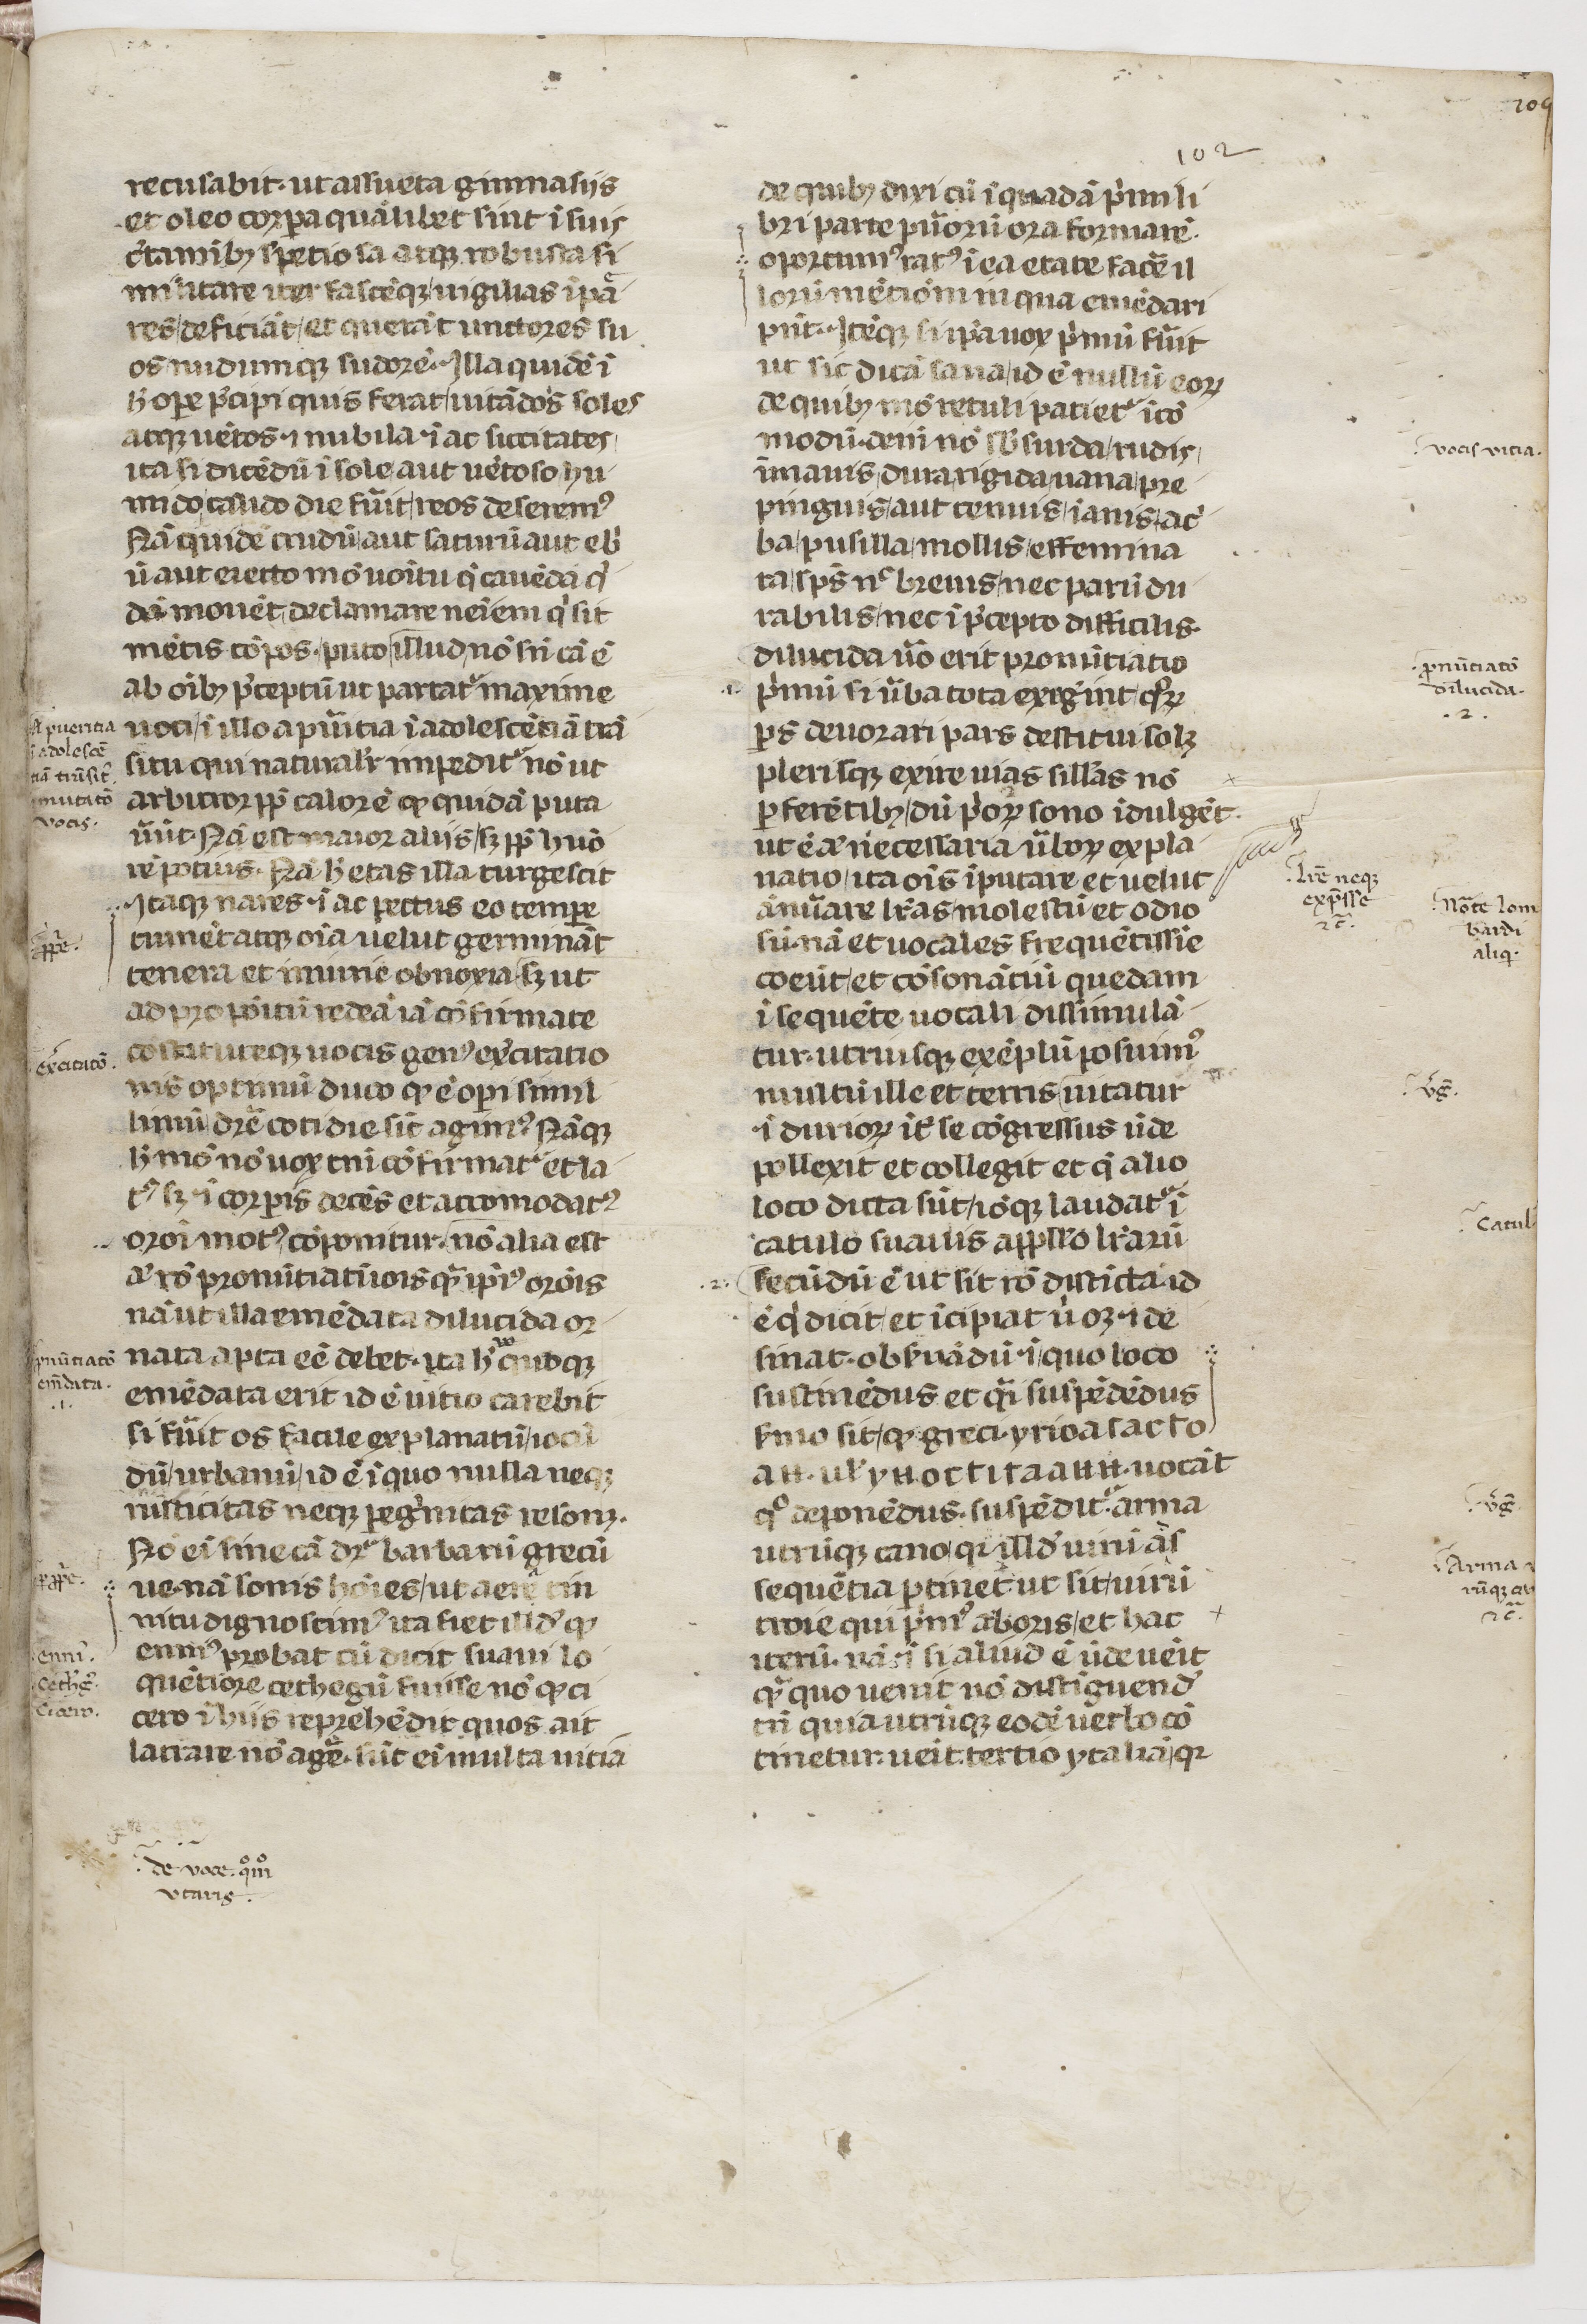
Shelfmark: Paris, BnF, lat. 7720
Century: 14